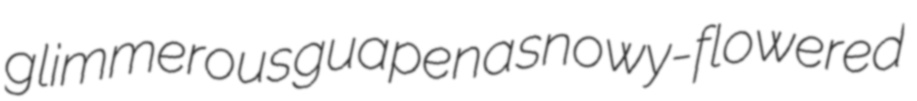
glimmerous guapena snowy-flowered